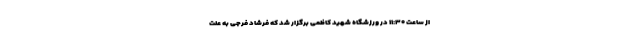
از ساعت ۱۱:۳۰ در ورزشگاه شهید کاظمی برگزار شد که فرشاد فرجی به علت